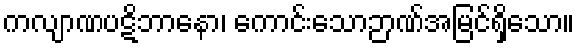
ကလျာဏပဋိဘာနော၊ ကောင်းသောဉာဏ်အမြင်ရှိသော။